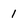
Character: 1